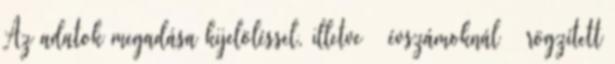
Az adatok megadása kijelöléssel, illetve – évszámoknál – rögzített